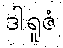
ဒါရူဇံ